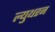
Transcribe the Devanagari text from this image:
ल्युथरन